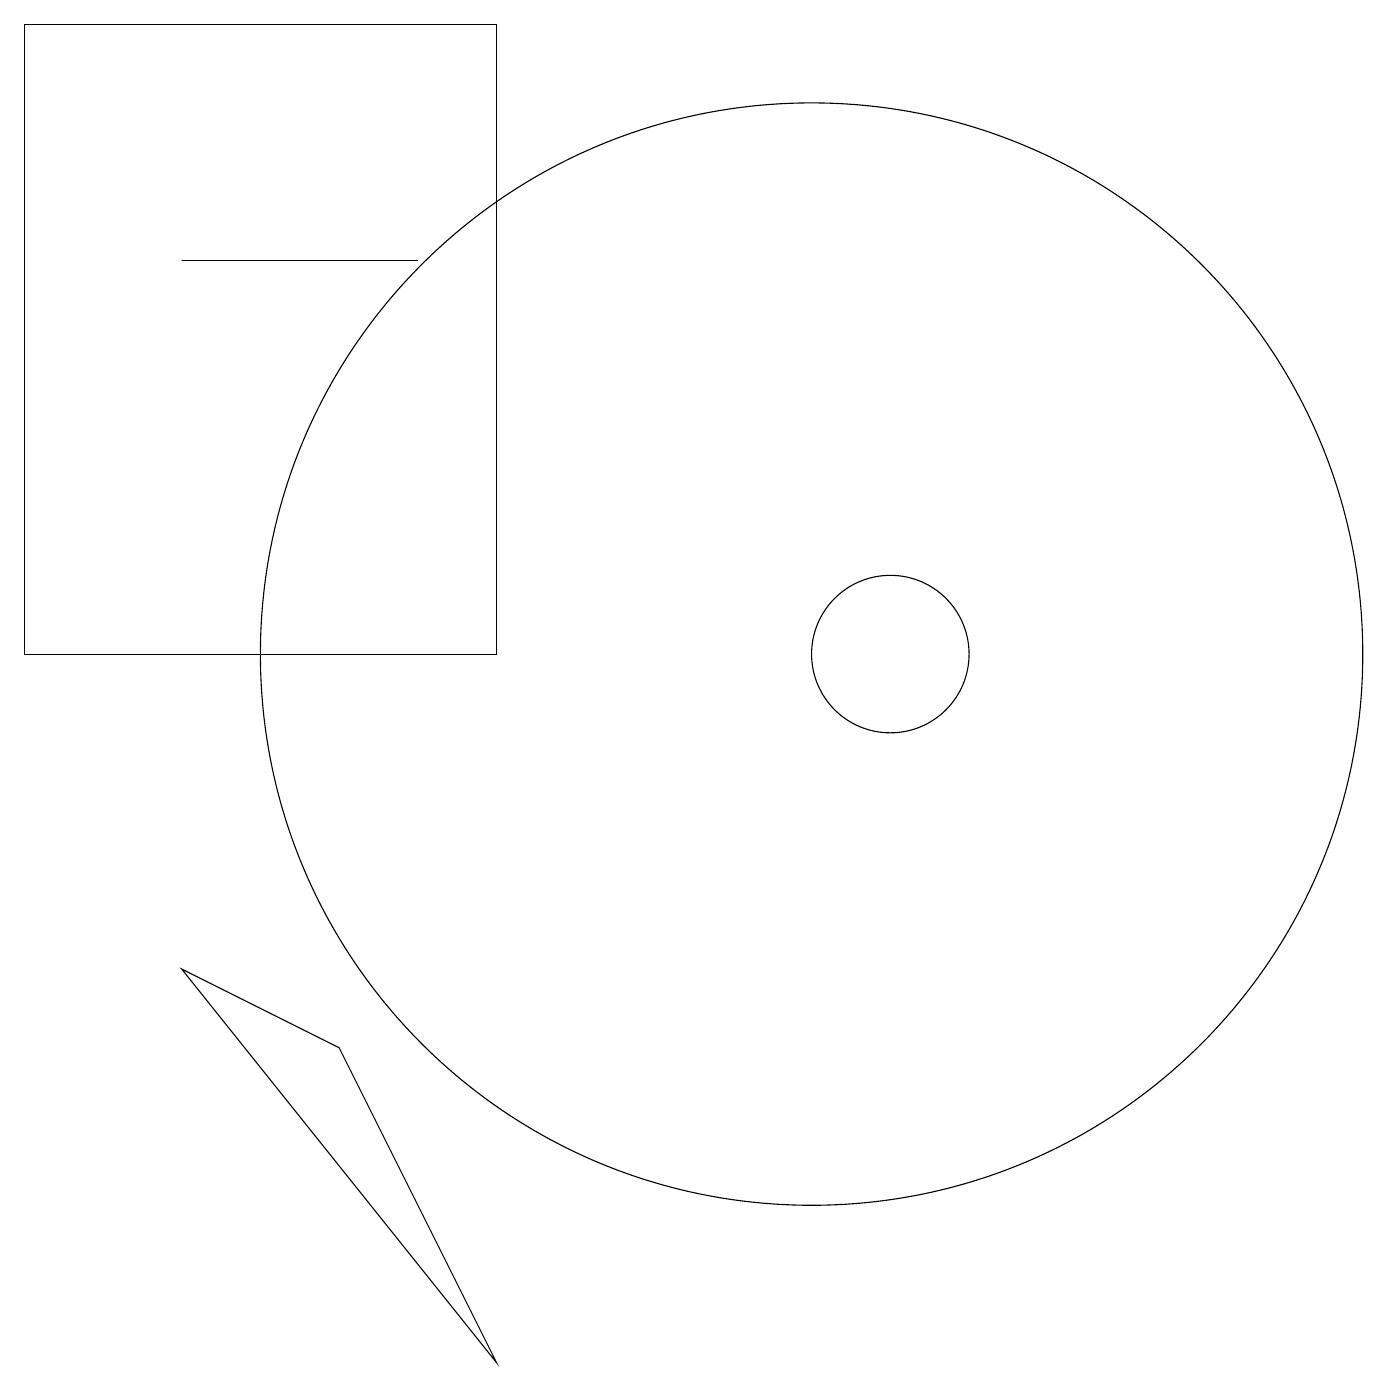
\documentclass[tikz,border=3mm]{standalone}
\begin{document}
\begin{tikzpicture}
\draw (7,2) -- (5,6) -- (3,7) -- cycle;
\draw (11,11) circle (7);
\draw (12,11) circle (1);
\draw (3,16) rectangle (6,16);
\draw (1,11) rectangle (7,19);
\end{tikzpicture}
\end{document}